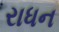
રાધન